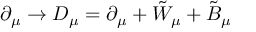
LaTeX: \partial _ { \mu } \rightarrow { \cal { D } } _ { \mu } = \partial _ { \mu } + { \tilde { W } } _ { \mu } + { \tilde { B } } _ { \mu }